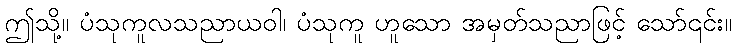
ဤသို့။ ပံသုကူလသညာယဝါ၊ ပံသုကူ ဟူသော အမှတ်သညာဖြင့် သော်၎င်း။